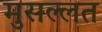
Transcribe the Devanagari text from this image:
मुसल्लत